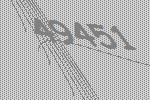
49451